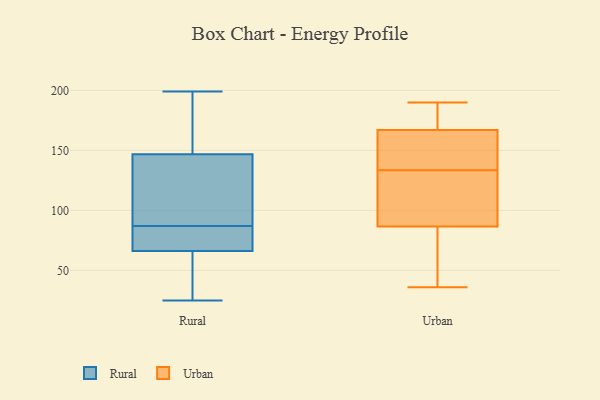
{"axis": {"x": "Tickets Resolved", "y": "Value"}, "legend": ["Rural", "Urban"], "data": [{"x": "", "y": 158, "type": "Rural"}, {"x": "", "y": 143, "type": "Rural"}, {"x": "", "y": 164, "type": "Rural"}, {"x": "", "y": 199, "type": "Rural"}, {"x": "", "y": 69, "type": "Rural"}, {"x": "", "y": 26, "type": "Rural"}, {"x": "", "y": 141, "type": "Rural"}, {"x": "", "y": 73, "type": "Rural"}, {"x": "", "y": 25, "type": "Rural"}, {"x": "", "y": 61, "type": "Rural"}, {"x": "", "y": 68, "type": "Rural"}, {"x": "", "y": 93, "type": "Rural"}, {"x": "", "y": 87, "type": "Rural"}, {"x": "", "y": 36, "type": "Urban"}, {"x": "", "y": 164, "type": "Urban"}, {"x": "", "y": 112, "type": "Urban"}, {"x": "", "y": 41, "type": "Urban"}, {"x": "", "y": 165, "type": "Urban"}, {"x": "", "y": 92, "type": "Urban"}, {"x": "", "y": 189, "type": "Urban"}, {"x": "", "y": 81, "type": "Urban"}, {"x": "", "y": 155, "type": "Urban"}, {"x": "", "y": 103, "type": "Urban"}, {"x": "", "y": 102, "type": "Urban"}, {"x": "", "y": 168, "type": "Urban"}, {"x": "", "y": 61, "type": "Urban"}, {"x": "", "y": 166, "type": "Urban"}, {"x": "", "y": 172, "type": "Urban"}, {"x": "", "y": 177, "type": "Urban"}, {"x": "", "y": 165, "type": "Urban"}, {"x": "", "y": 190, "type": "Urban"}, {"x": "", "y": 101, "type": "Urban"}, {"x": "", "y": 63, "type": "Urban"}]}